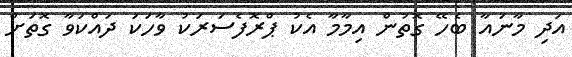
އަދި މާނައާ ބެހޭ ގޮތުން އިމާމާ އެކު ޕްރޮފެސަރަކު ވާހަކަ ދައްކަވާ ގޮތަށް